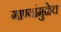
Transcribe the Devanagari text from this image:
गाण्यांमुळेच